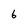
Character: 6